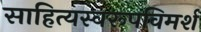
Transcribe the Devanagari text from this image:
साहित्यस्वरूपविमर्श